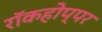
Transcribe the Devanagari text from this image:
रॉकहोप्पर